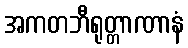
အကတဘီရုတ္တာဏာနံ